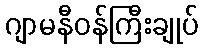
ဂျာမနီဝန်ကြီးချုပ်